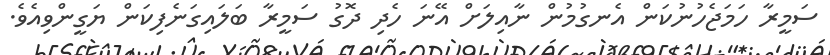
ސަމީރާ ހަމަޖެހުނުކަން އެނގުމުން ނާއިލަށް އޭނަ ހެދި ދޮގު ސަމީރާ ބަލައިގަނެފިކަން ޔަގީންވިއެވެ.